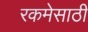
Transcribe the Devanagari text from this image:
रकमेसाठी